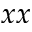
x x